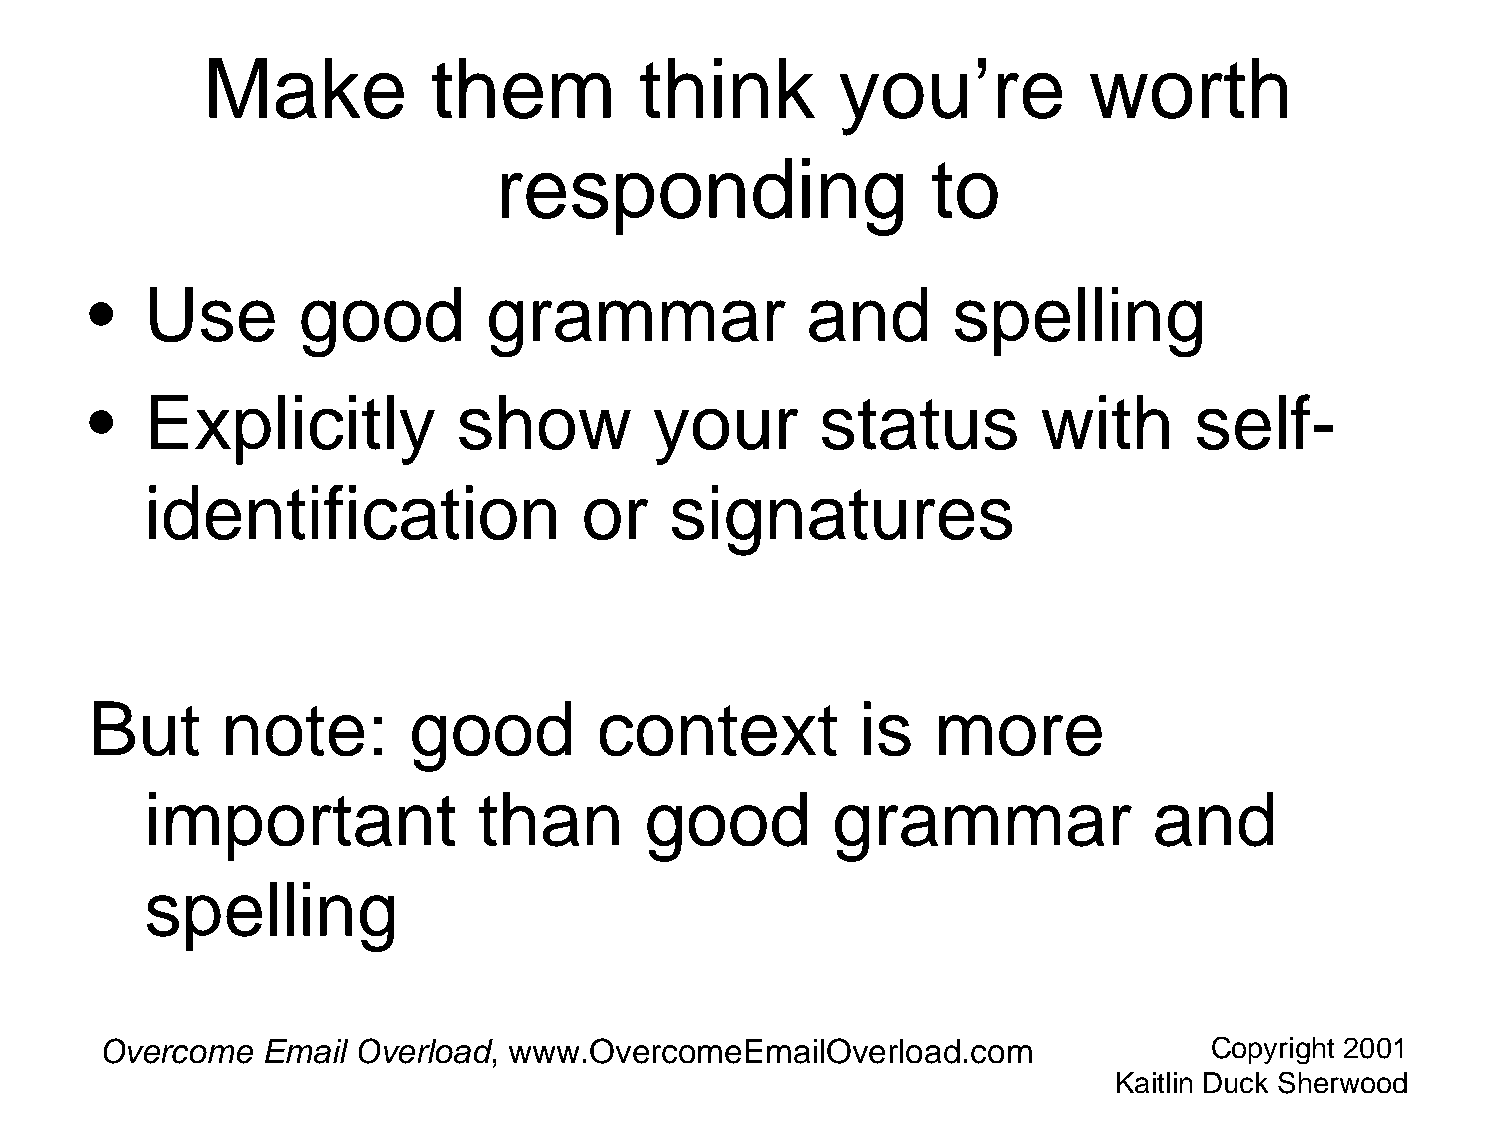
Make           them         think         you’re          worth
 responding                   to
 •   Use       good        grammar              and       spelling
 •   Explicitly          show         your       status         with      self-
 identification               or   signatures
 But      note:       good         context          is   more
 important             than       good        grammar              and
 spelling
 Overcome  Email  Overload, www.OvercomeEmailOverload.com                 Copyright 2001
 Kaitlin Duck Sherwood